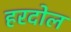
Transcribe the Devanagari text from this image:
हरदोल